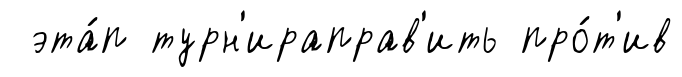
эта́п турн'ираправ'ить про́т'ив